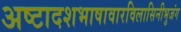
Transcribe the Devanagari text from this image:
अष्टादशभाषावारविलासिनीभुजंग